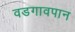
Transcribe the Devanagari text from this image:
वडगावपान